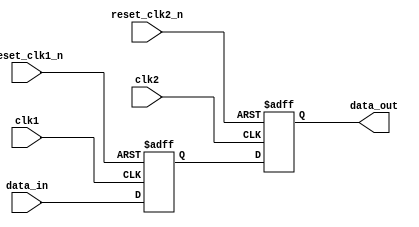
module DE4_SOPC_clock_0_bit_pipe (
                                    clk1,
                                    clk2,
                                    data_in,
                                    reset_clk1_n,
                                    reset_clk2_n,
                                    data_out
                                 )
;
  output           data_out;
  input            clk1;
  input            clk2;
  input            data_in;
  input            reset_clk1_n;
  input            reset_clk2_n;
  reg              data_in_d1 ;
  reg              data_out ;
  always @(posedge clk1 or negedge reset_clk1_n)
    begin
      if (reset_clk1_n == 0)
          data_in_d1 <= 0;
      else 
        data_in_d1 <= data_in;
    end
  always @(posedge clk2 or negedge reset_clk2_n)
    begin
      if (reset_clk2_n == 0)
          data_out <= 0;
      else 
        data_out <= data_in_d1;
    end
endmodule